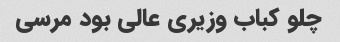
چلو کباب وزیری عالی بود مرسی